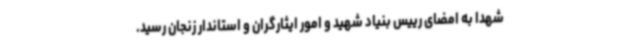
شهدا به امضای رییس بنیاد شهید و امور ایثارگران و استاندار زنجان رسید.